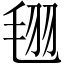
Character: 𣭜